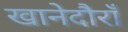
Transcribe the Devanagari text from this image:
खानेदौराँ